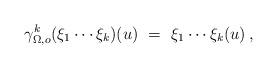
LaTeX: \begin{align*} \gamma^k_{\Omega,o}(\xi_1\cdots\xi_k)(u) \ = \ \xi_1 \cdots \xi_k(u)\,,\end{align*}